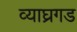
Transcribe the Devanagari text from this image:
व्याघ्रगड